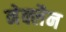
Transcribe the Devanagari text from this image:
नेक्लैन